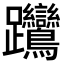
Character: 𨈎